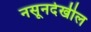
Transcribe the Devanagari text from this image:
नसूनदेखील